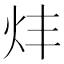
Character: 炐